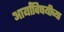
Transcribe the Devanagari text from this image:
आर्यांविषयीच्या